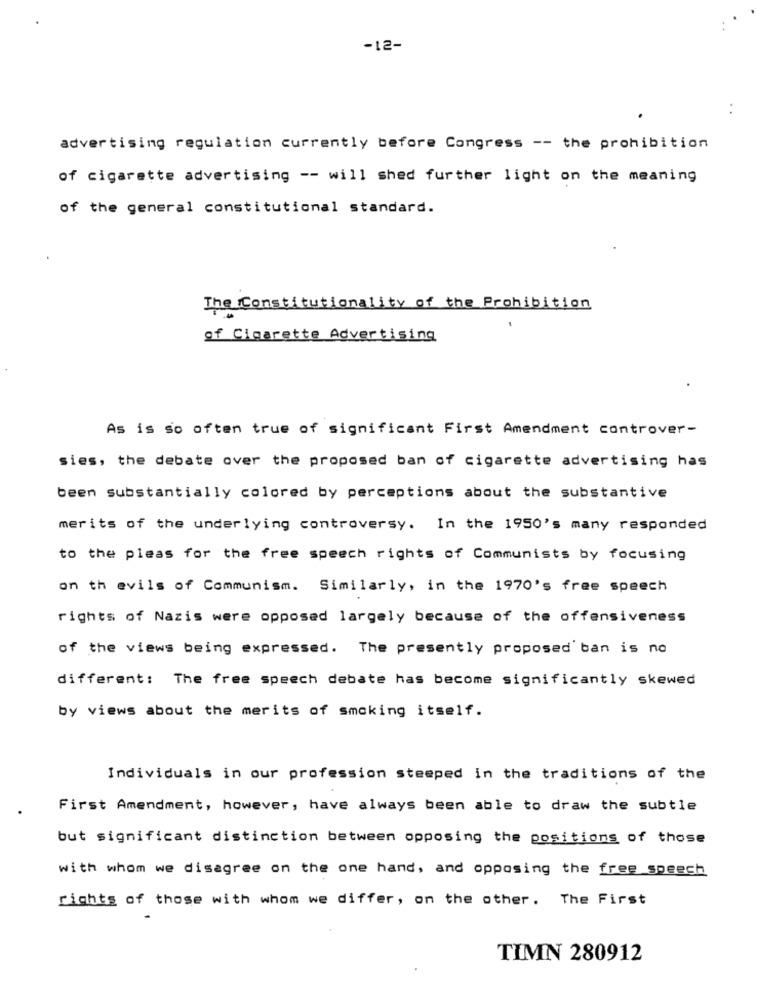
-12-
..
advertising regulation currently before Congress -- the prohibition
of cigarette advertising -- will shed further light on the meaning
of the general constitutional standard.
The Constitutionality of the Prohibition
of Cigarette Advertising
As is so often true of significant First Amendment controver-
sies, the debate over the proposed ban of cigarette advertising has
been substantially colored by perceptions about the substantive
merits of the underlying controversy. In the 1950's many responded
to the pleas for the free speech rights of Communists by focusing
on th evils of Communism. Similarly, in the 1970's free speech
rights of Nazis were opposed largely because of the offensiveness
of the views being expressed. The presently proposed ban is no
different: The free speech debate has become significantly skewed
by views about the merits of smoking itself.
Individuals in our profession steeped in the traditions of the
First Amendment, however, have always been able to draw the subtle
but significant distinction between opposing the positions of those
with whom we disagree on the one hand, and opposing the free speech
rights of those with whom we differ, on the other. The First
TIMN 280912